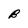
Character: B